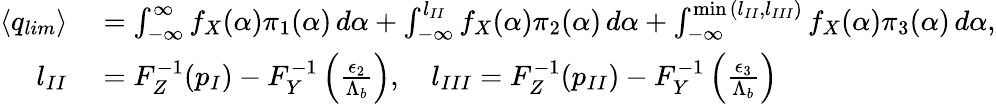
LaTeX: \begin{array}{rl}{\langle q_{lim}\rangle}&{{}=\int_{-\infty}^{\infty}f_{X}(\alpha){\pi}_{1}(\alpha)\, d\alpha+\int_{-\infty}^{l_{II}}f_{X}(\alpha){\pi}_{2}(\alpha)\, d\alpha+\int_{-\infty}^{\operatorname*{min}{(l_{II},l_{III})}}f_{X}(\alpha){\pi}_{3}(\alpha)\, d\alpha,}\\ {\quad l_{II}}&{{}=F_{Z}^{-1}(p_{I})-F_{Y}^{-1}\left(\frac{{\epsilon}_{2}}{{\Lambda}_{b}}\right),\quad l_{III}=F_{Z}^{-1}(p_{II})-F_{Y}^{-1}\left(\frac{{\epsilon}_{3}}{{\Lambda}_{b}}\right)}\end{array}